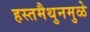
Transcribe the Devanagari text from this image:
हस्तमैथुनमुळे